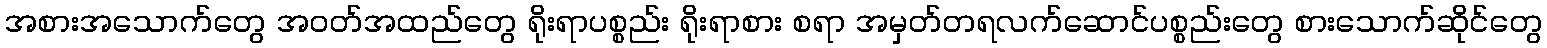
အစားအသောက်တွေ အဝတ်အထည်တွေ ရိုးရာပစ္စည်း ရိုးရာစား စရာ အမှတ်တရလက်ဆောင်ပစ္စည်းတွေ စားသောက်ဆိုင်တွေ